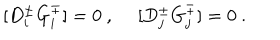
LaTeX: [ D _ { i } ^ { \pm } G _ { i } ^ { \mp } ] = 0 ~ , ~ ~ [ D _ { j } ^ { \pm } G _ { j } ^ { \mp } ] = 0 ~ .